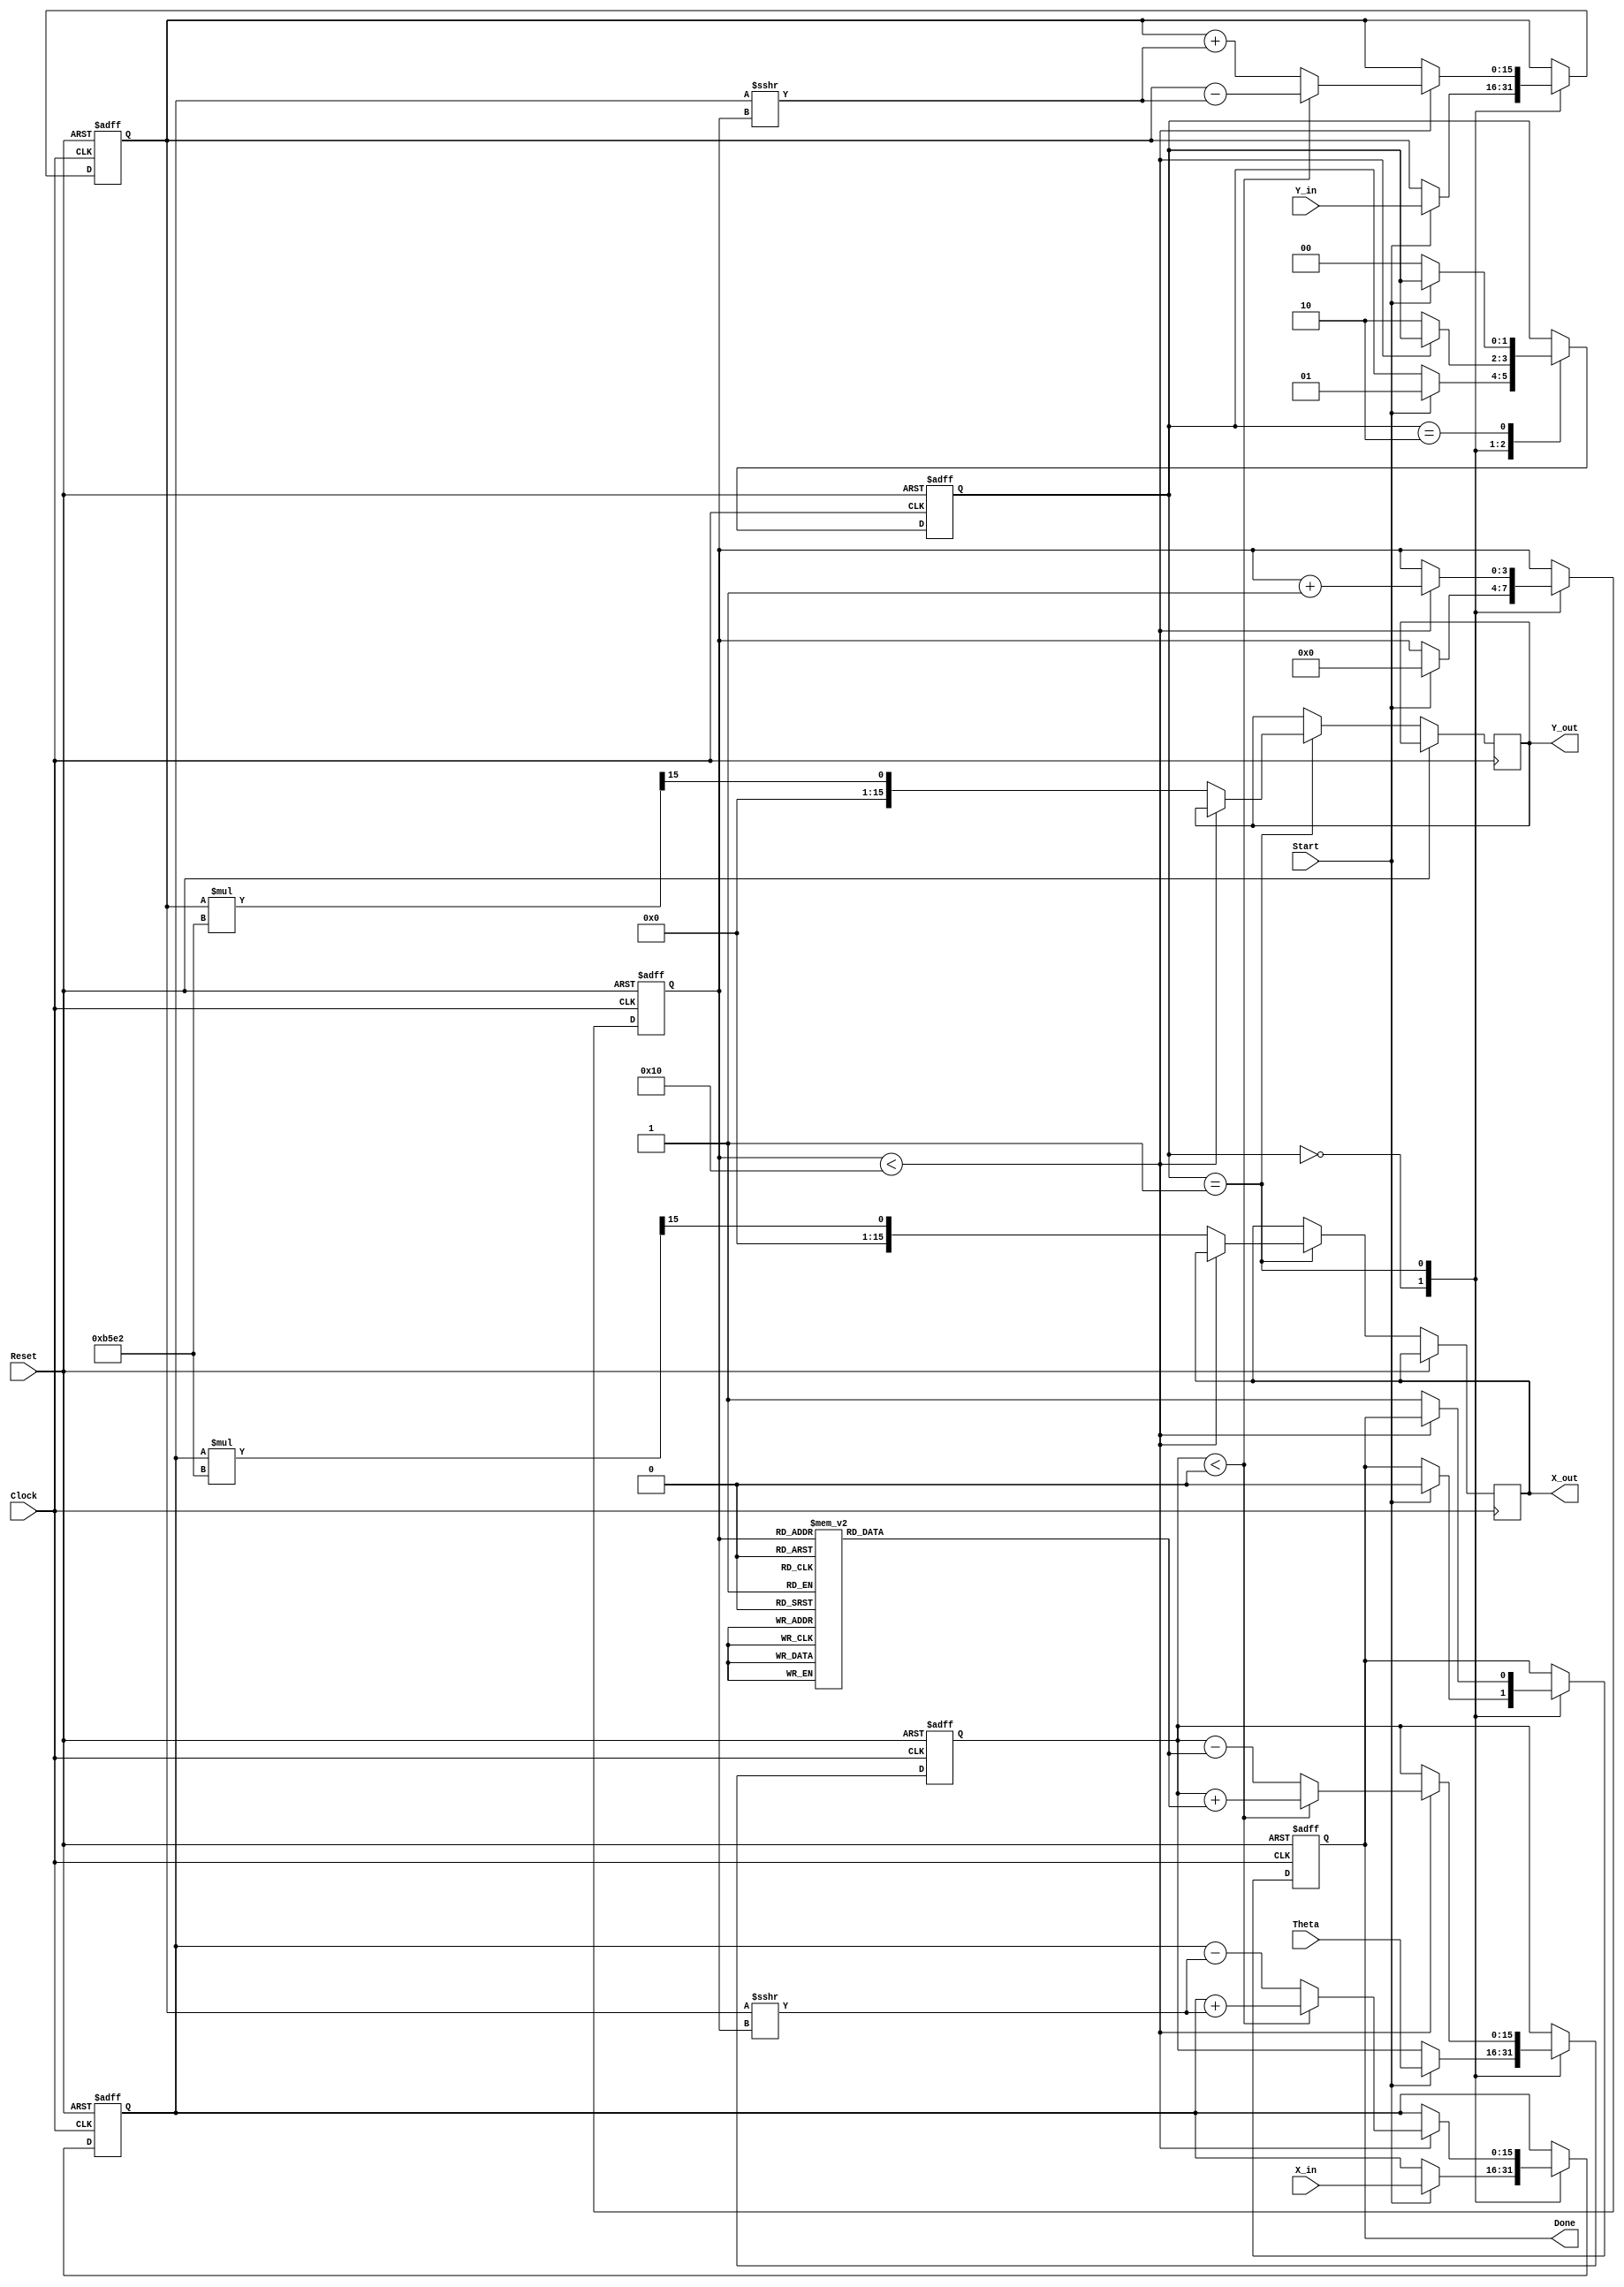
module complex_cordic (
    input wire signed [15:0] X_in,     // Real part of input
    input wire signed [15:0] Y_in,     // Imaginary part of input
    input wire signed [15:0] Theta,     // Angle of rotation
    input wire Start,                  // Start signal
    input wire Reset,                  // Asynchronous reset
    input wire Clock,                  // Clock signal
    output reg signed [15:0] X_out,    // Real part of output
    output reg signed [15:0] Y_out,    // Imaginary part of output
    output reg Done                    // Completion signal
);

    // Constants
    parameter NUM_ITERATIONS = 16;
    parameter [15:0] K_value = 16'hB5E2; // Scaling factor approximation (for 16 iterations)

    // Internal signals
    reg signed [15:0] x_reg;
    reg signed [15:0] y_reg;
    reg signed [15:0] angle_reg;
    reg [3:0] iteration_count;
    reg [1:0] state;  // state machine: 0=idle, 1=rotate, 2=done

    // Angle lookup table for atan(2^-i)
    reg signed [15:0] atan_lut [0:NUM_ITERATIONS-1];

    // Initialize angle lookup table
    initial begin
        atan_lut[0] = 16'h3243; // atan(2^-0)
        atan_lut[1] = 16'h1DAC; // atan(2^-1)
        atan_lut[2] = 16'h1B1E; // atan(2^-2)
        atan_lut[3] = 16'h1C72; // atan(2^-3)
        atan_lut[4] = 16'h1D1E; // atan(2^-4)
        atan_lut[5] = 16'h1D8A; // atan(2^-5)
        atan_lut[6] = 16'h1DB5; // atan(2^-6)
        atan_lut[7] = 16'h1DCA; // atan(2^-7)
        atan_lut[8] = 16'h1DE4; // atan(2^-8)
        atan_lut[9] = 16'h1DF6; // atan(2^-9)
        atan_lut[10] = 16'h1E03; // atan(2^-10)
        atan_lut[11] = 16'h1E0C; // atan(2^-11)
        atan_lut[12] = 16'h1E11; // atan(2^-12)
        atan_lut[13] = 16'h1E15; // atan(2^-13)
        atan_lut[14] = 16'h1E18; // atan(2^-14)
        atan_lut[15] = 16'h1E1A; // atan(2^-15)
    end

    // State machine for CORDIC operation
    always @(posedge Clock or posedge Reset) begin
        if (Reset) begin
            x_reg <= 0;
            y_reg <= 0;
            angle_reg <= 0;
            iteration_count <= 0;
            Done <= 0;
            state <= 0;
        end else begin
            case (state)
                0: // Idle state
                    if (Start) begin
                        x_reg <= X_in;
                        y_reg <= Y_in;
                        angle_reg <= Theta;
                        iteration_count <= 0;
                        Done <= 0;
                        state <= 1; // Move to rotate state
                    end
                
                1: // Rotate state
                    if (iteration_count < NUM_ITERATIONS) begin
                        if (angle_reg < 0) begin
                            // Rotate clockwise
                            x_reg <= x_reg + (y_reg >>> iteration_count);
                            y_reg <= y_reg - (x_reg >>> iteration_count);
                            angle_reg <= angle_reg + atan_lut[iteration_count];
                        end else begin
                            // Rotate counterclockwise
                            x_reg <= x_reg - (y_reg >>> iteration_count);
                            y_reg <= y_reg + (x_reg >>> iteration_count);
                            angle_reg <= angle_reg - atan_lut[iteration_count];
                        end
                        iteration_count <= iteration_count + 1;
                    end else begin
                        // All iterations done
                        X_out <= x_reg * K_value >>> 15; // Scale the output
                        Y_out <= y_reg * K_value >>> 15; // Scale the output
                        Done <= 1;
                        state <= 2; // Move to done state
                    end
                
                2: // Done state
                    if (!Start) begin
                        state <= 0; // Go back to idle
                    end
            endcase
        end
    end
endmodule